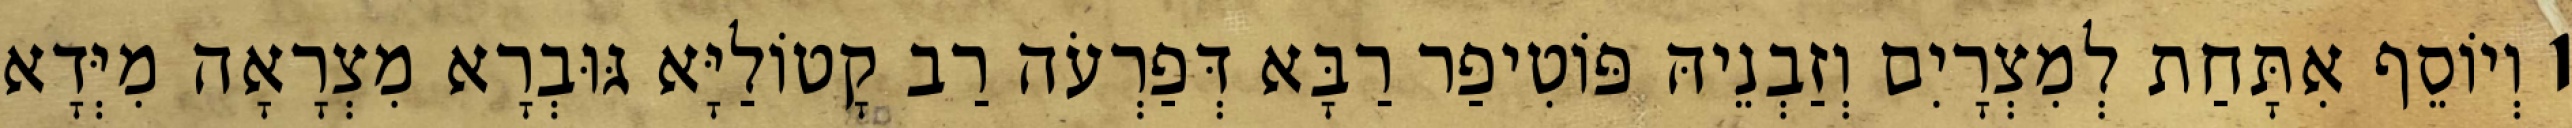
1 וְיוֹסֵף אִתָּחַת לְמִצְרָיִם וְזַבְנֵיהּ פּוֹטִיפַר רַבָּא דְּפַרְעֹה רַב קָטוֹלַיָּא גּוּבְרָא מִצְרָאָה מִיְּדָא